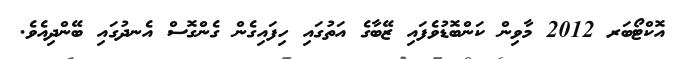
އޮކްޓޯބަރ 2012 މާވިން ކަންބޮޑުވެފައި ޒޭބާގެ އަތުގައި ހިފައިގެން ގެންގޮސް އެނދުގައި ބޭންދިއެވެ.